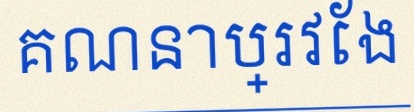
គណនាប្រវែង